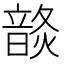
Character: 𩐬